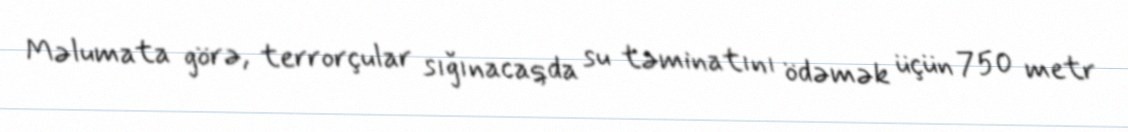
Məlumata görə, terrorçular sığınacaqda su təminatını ödəmək üçün 750 metr